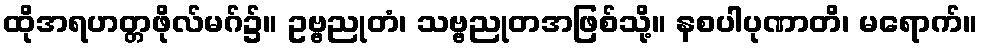
ထိုအရဟတ္တဖိုလ်မဂ်၌။ ဥဗ္ဗညုတံ၊ သဗ္ဗညုတအဖြစ်သို့။ နစပါပုဏာတိ၊ မရောက်။